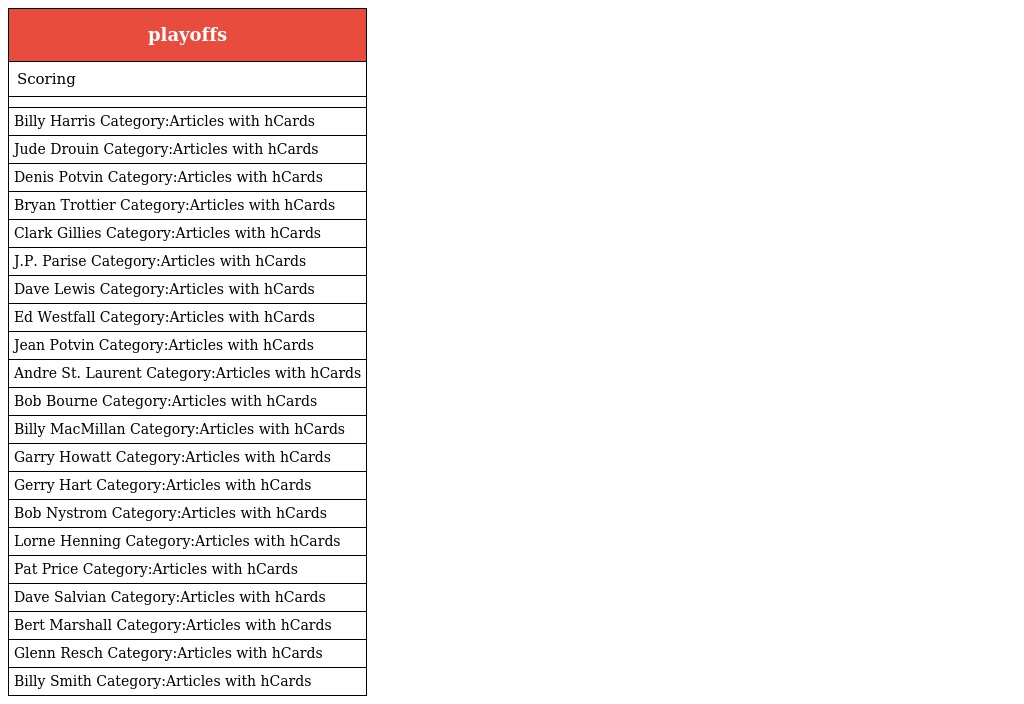
| playoffs |
 | --- |
 | Scoring |
 |  |
 | Billy Harris Category:Articles with hCards |
 | Jude Drouin Category:Articles with hCards |
 | Denis Potvin Category:Articles with hCards |
 | Bryan Trottier Category:Articles with hCards |
 | Clark Gillies Category:Articles with hCards |
 | J.P. Parise Category:Articles with hCards |
 | Dave Lewis Category:Articles with hCards |
 | Ed Westfall Category:Articles with hCards |
 | Jean Potvin Category:Articles with hCards |
 | Andre St. Laurent Category:Articles with hCards |
 | Bob Bourne Category:Articles with hCards |
 | Billy MacMillan Category:Articles with hCards |
 | Garry Howatt Category:Articles with hCards |
 | Gerry Hart Category:Articles with hCards |
 | Bob Nystrom Category:Articles with hCards |
 | Lorne Henning Category:Articles with hCards |
 | Pat Price Category:Articles with hCards |
 | Dave Salvian Category:Articles with hCards |
 | Bert Marshall Category:Articles with hCards |
 | Glenn Resch Category:Articles with hCards |
 | Billy Smith Category:Articles with hCards |